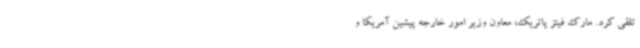
تلقی کرد. مارک فیتز پاتریک، معاون وزیر امور خارجه پیشین آمریکا و